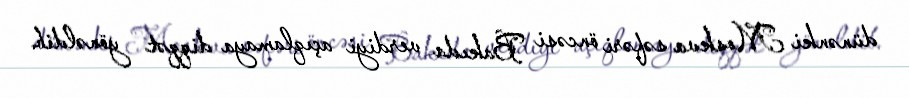
dünənki Moskva səfəri öncəsi Bakıda verdiyi açıqlamaya diqqət yönəldib.